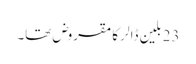
23 بلین ڈالر کا مقروض تھا۔